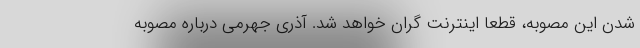
شدن این مصوبه، قطعا اینترنت گران خواهد شد. آذری جهرمی درباره مصوبه